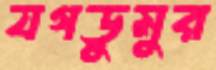
যগডুমুর